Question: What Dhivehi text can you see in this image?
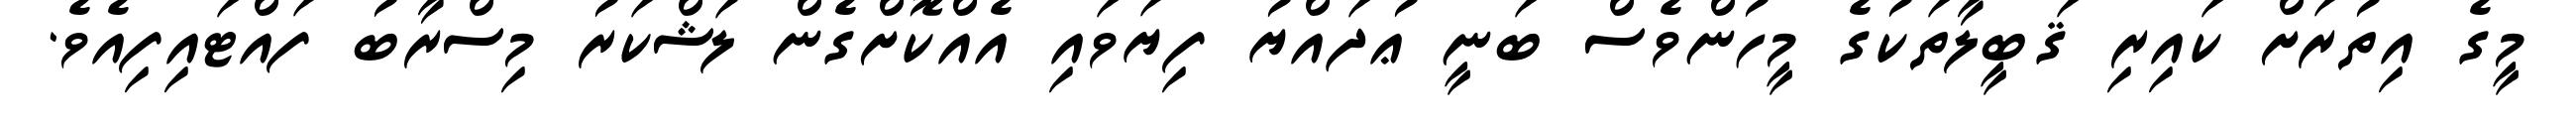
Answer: މީގެ އިތުރަށް ކައިރި ޤަބީލާތަކުގެ މީހުންވެސް ބަނީ ޢުދައްޔު ފިޔަވައި އެއްކޮށްގެން ލަޝްކަރު މިސްރާބު ފައްޓައިފިއެވެ.